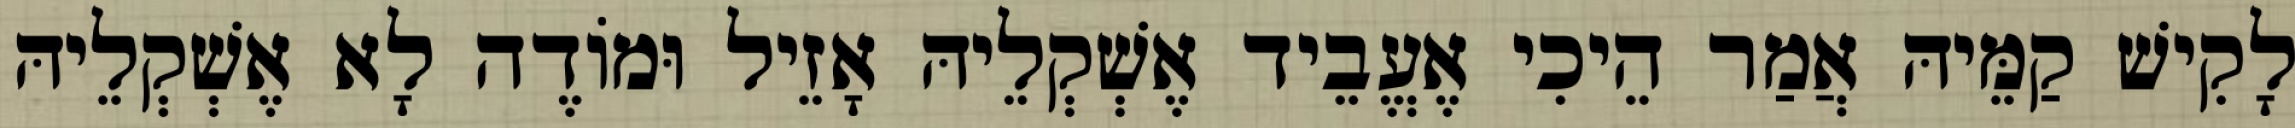
לָקִישׁ קַמֵּיהּ אֲמַר הֵיכִי אֶעֱבֵיד אֶשְׁקְלֵיהּ אָזֵיל וּמוֹדֶה לָא אֶשְׁקְלֵיהּ